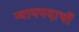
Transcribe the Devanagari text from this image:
न्यायपदार्थों